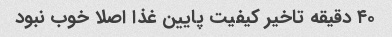
۴۰ دقیقه تاخیر کیفیت پایین غذا اصلا خوب نبود